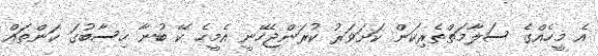
އެ މީހެއްގެ ސަލާމަތްތެރިކަން ކަށަވަރު ކުރަންޖެހޭނީ އެމީހެ ކޭ ބުނާ ހިސާބުގަ ކަންތައް